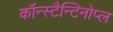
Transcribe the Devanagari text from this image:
कॉन्स्टैन्टिनोप्ल